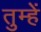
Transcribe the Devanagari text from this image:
तुम्हेें